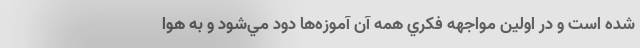
شده است و در اولين مواجهه فكري همه آن آموزه‌ها دود مي‌شود و به هوا